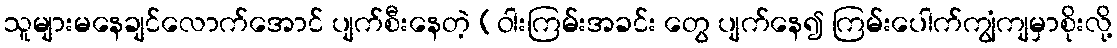
သူများမနေချင်လောက်အောင် ပျက်စီးနေတဲ့ (ဝါးကြမ်းအခင်း တွေ ပျက်နေ၍ ကြမ်းပေါက်ကျွံကျမှာစိုးလို့